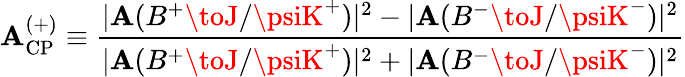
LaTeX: {\cal\mathbf{A}}_{\mathrm{{CP}}}^{(+)}\equiv\frac{{|\mathbf{A}(B^{+}\toJ/\psiK^{+})|^{2}-|\mathbf{A}(B^{-}\toJ/\psiK^{-})|^{2}}}{{|\mathbf{A}(B^{+}\toJ/\psiK^{+})|^{2}+|\mathbf{A}(B^{-}\toJ/\psiK^{-})|^{2}}}